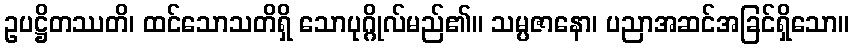
ဥပဋ္ဌိတဿတိ၊ ထင်သောသတိရှိ သောပုဂ္ဂိုလ်မည်၏။ သမ္ပဇာနော၊ ပညာအဆင်အခြင်ရှိသော။